NAE_ERA_R-1665_Eesti_Kunstnike_Liit, lk 8
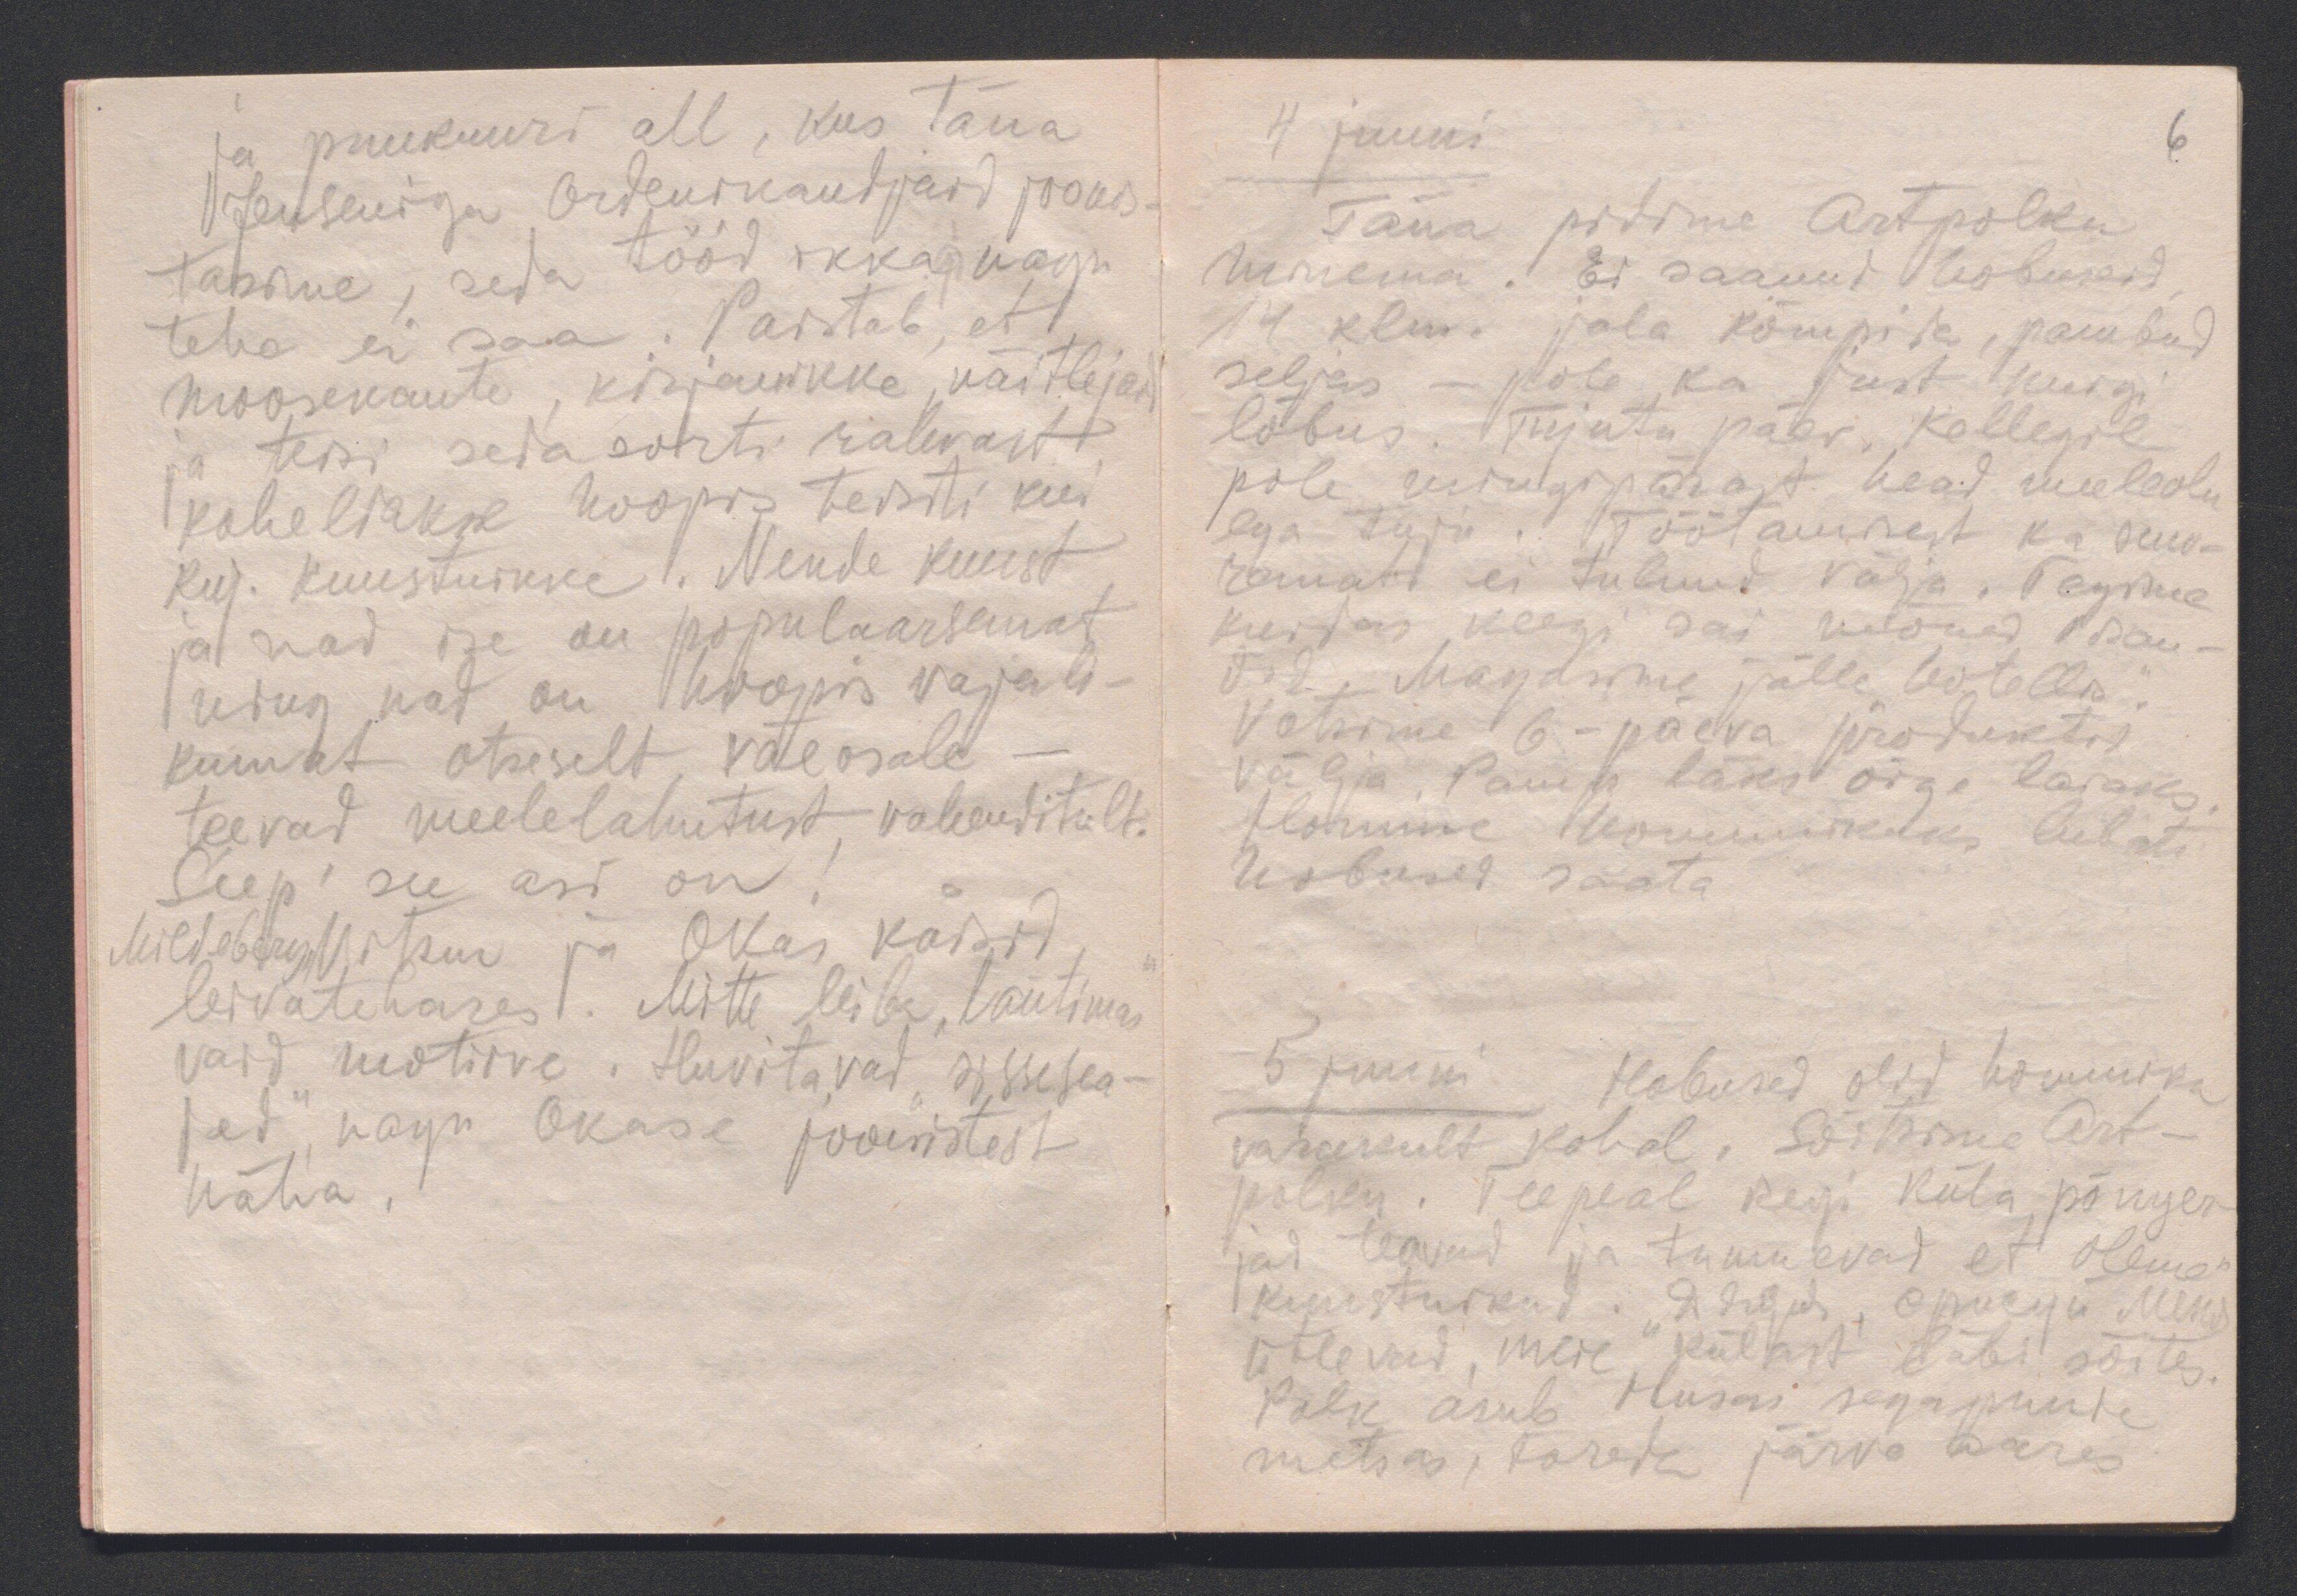
ja puukuuri all, kus täna
Jenseniga Ordenikandjaid joonis-
tasime, seda tööd ikkagi nagu
teha ei saa. Paistab, et
moosekante, kirjanikke, näitlejaid
ja teisi seda sorti rahvast
koheldakse hoopis teisiti kui
kuj.  kunstnikke. Nende kunst
ja nad ise on populaarsemat
ning nad on hoopis vajali-
kumat otseselt väeosale -
teevad meelelahutust vahenditult.
Seep´ see asi on!
Mildeberg, Vitsur ja Okas käisid
leivatehases. Mitte leiba lantimas
vaid motiive. Huvitavad "sissesea-
ded",  nagu Okase joonistest
näha.

6.

4 juuni.
Täna pidime Artpolku
minema. Ei saanud hobuseid,
14 klm. jala kõmpida, pambud
seljas - pole ka just kuigi
lõbus. Tujutu päev. Kellegil
pole mingipärast head meeleolu
ega tuju. Töötamisest ka suu-
remat ei tulnud välja. Tegime
kuidas keegi sai mõned visan-
did. Magasime jälle "hotellis".
Võtsime 6-päeva produktid
välja. Pamp läks õige laiaks.
Homme hommikuks lubati
hobused saata
5 juuni Hobused olid hommiku
varakult kohal. Sõitsime Art-
polku. Teepeal Regi küla põnger-
jad teavad ja tunnevad et oleme
kunstnikud. "23 kop. õpulgu. Meks"
ütlevad, meie külast läbi sõites.
Polk asub ilusas segapuude
metsas, toreda järve ääres